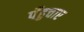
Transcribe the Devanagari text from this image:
पँहुचाए